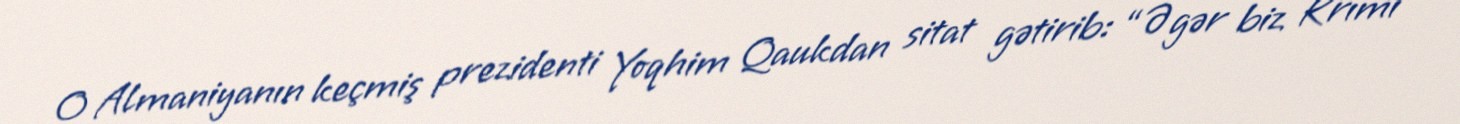
O Almaniyanın keçmiş prezidenti Yoqhim Qaukdan sitat gətirib: “Əgər biz Krımı